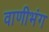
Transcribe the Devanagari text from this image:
वाणीभंग